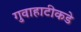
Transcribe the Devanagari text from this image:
गुवाहाटीकडे